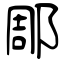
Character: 郮